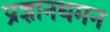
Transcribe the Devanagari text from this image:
प्रज्ञानधमन